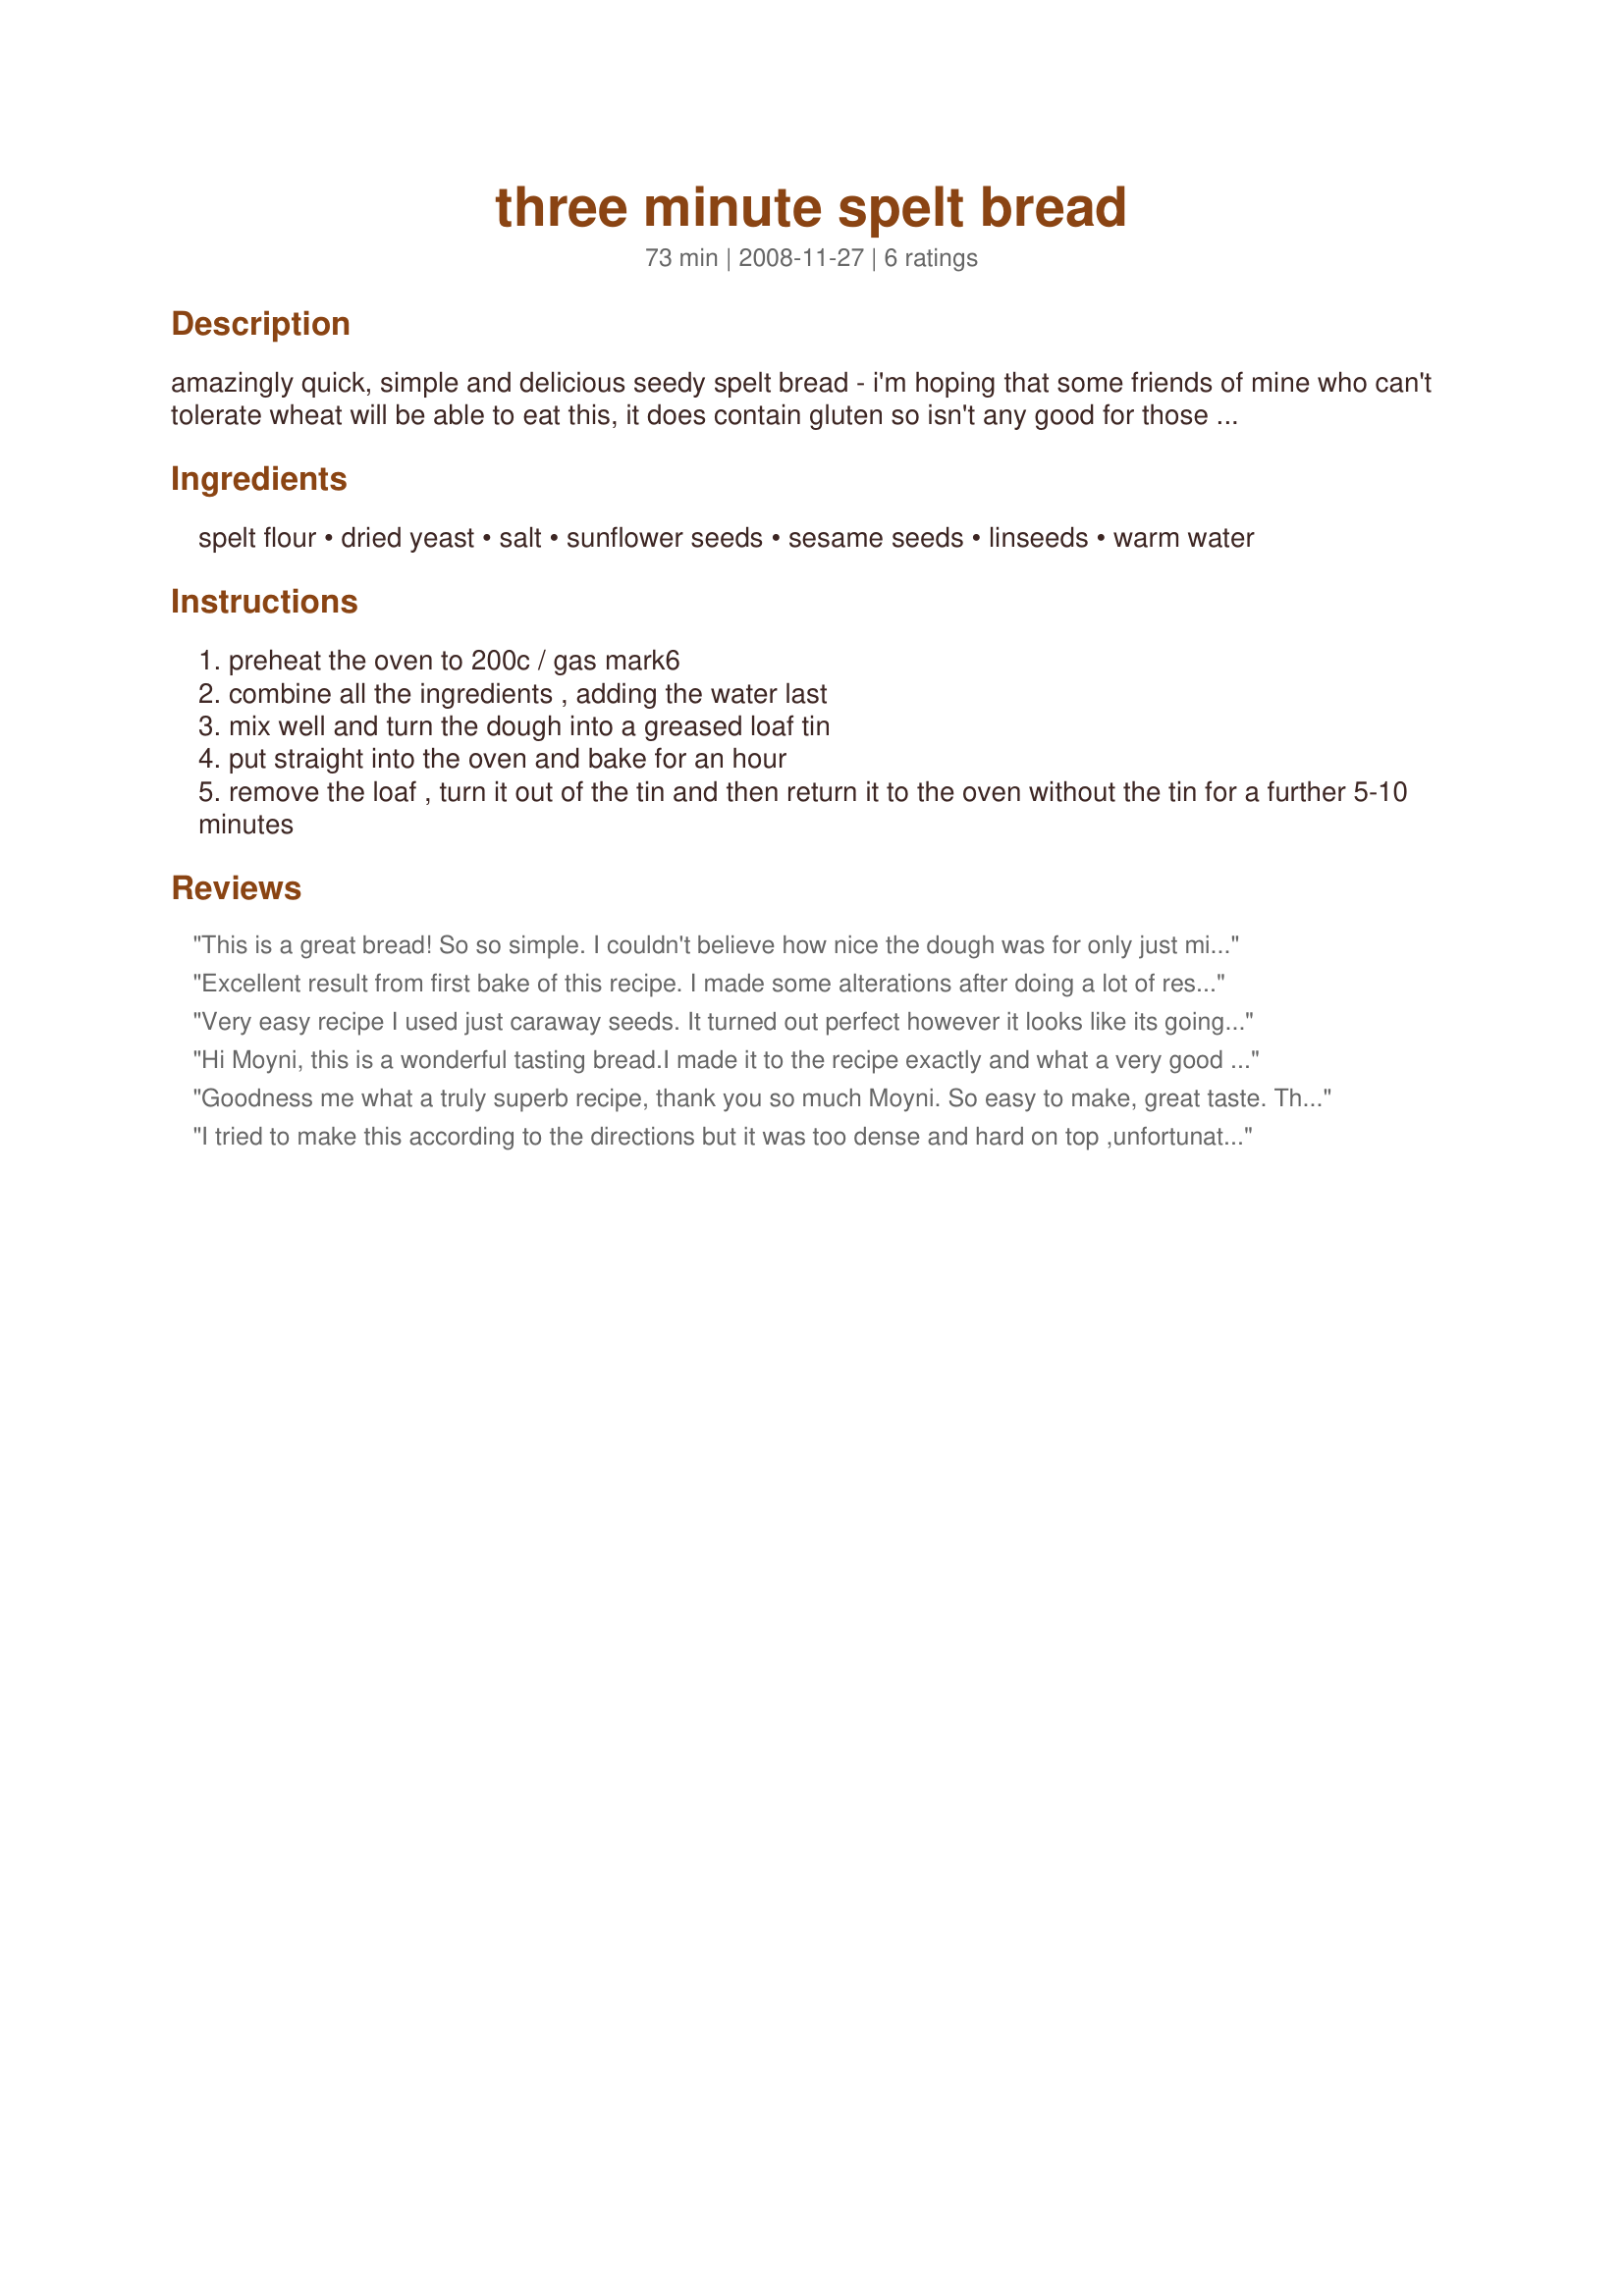
three minute spelt bread
Preparation time: 73 minutes

amazingly quick, simple and delicious seedy spelt bread - i'm hoping that some friends of mine who can't tolerate wheat will be able to eat this, it does contain gluten so isn't any good for those have problems with gluten.

recipe originally comes from the telegraph magazine, i found it on the true food coop website.

seems a bit wrong that this bread is not kneaded and doesn't get left to rise yet still works so well.

as i write i have a loaf cooling on the counter top calling to me!

i've since read that allowing the dough to rise overnight in a cool place makes it even better - i'll be trying that when i'm not in a rush.

Ingredients:
spelt flour, dried yeast, salt, sunflower seeds, sesame seeds, linseeds, warm water

Steps:
preheat the oven to 200c / gas mark6
combine all the ingredients , adding the water last
mix well and turn the dough into a greased loaf tin
put straight into the oven and bake for an hour
remove the loaf , turn it out of the tin and then return it to the oven without the tin for a further 5-10 minutes

Reviews:
This is a great bread! So so simple. I couldn't believe how nice the dough was for only just mixing it together. I love the fact that the ingredients are weighed, so there is no room for error. The flavor is rich and nutty, and it's a nice dense bread. Perfect for a filling snack! I particularly love it toasted with lots of butter :)
Excellent result from first bake of this recipe. I made some alterations after doing a lot of research on the net into spelt bread and here are my results. Ingredients mixed in a mixer using the dough attachment for approx 4mins (as seen on you tube spelt bread recipe), I added a little extra flour as mixture was very wet but it is supposed to be so not sure if this was necessary? suggest adding 400-450mls of water then checking consistency and adding more or less. Bread put into bowl and left to rise for approx1-2 hrs, quick punch down and into fridge left over night, taken out of fridge left to warm to room temp or there abouts, I then folded the bread (as opposed to kneading) a couple of times and shaped into pan, left to rise for another hour baked for 30mins (sprayed water into oven as seen on another you tube clip) end result a beautiful loaf of spelt bread! Oh I used pumpkin seeds instead of sesame too. I think the trick is not to handle it to much, fold dough instead of kneading and remember that it is supposed to be quite a wet sticky mix, a trick is to touch the bread like you are touching a hot potato if no dough is on your finger then consistency is right also when rising the bread prior to baking do the resistance test, bread should have indentation of your finger left behind if you poke it.
Very easy recipe I used just caraway seeds. It turned out perfect however it looks like its going to be crumbly. Next time I am going to add a little oil.
Hi Moyni, this is a wonderful tasting bread.I made it to the recipe exactly and what a very good recipe it is. It's a very dense bread full of nutty bit's, I have used spelt before but I don't recall it tasting as good as this, like lindseylcw next time i will leave overnight to see the change it will make. Three minute is a good name as it does take just three min's to put together a very, very nice recipe. Made for fall PAC 09
Goodness me what a truly superb recipe, thank you so much Moyni. So easy to make, great taste. This is my first try with spelt flour - was tired of paying way over the top for it in specialist bakers - lovely tasting flour. If I can get my act together I will let it rise overnight as you suggested next time. There will be a next time for sure. Linds
I tried to make this according to the directions but it was too dense and hard on top ,unfortunately had to chuck it out ??
